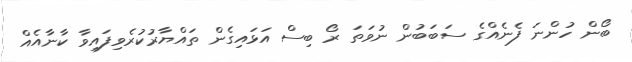
ބޯން ހުންނަ ފެނެއްގެ ސަބަބުން ނުވަތަ ރޯ ބިސް އަޅައިގެން ތައްޔާރުކުރެވިފައިވާ ކާނާއެއް